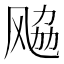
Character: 𱃚